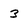
Character: 3